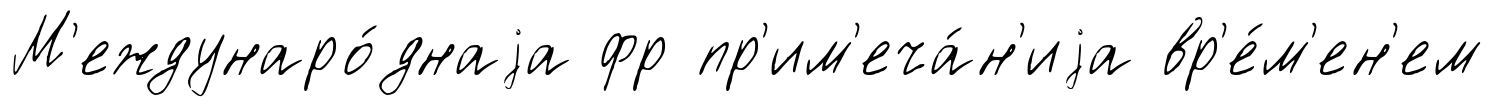
М'еждунаро́днаjа фр пр'им'еча́н'иjа вр'е́м'ен'ем